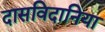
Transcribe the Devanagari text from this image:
दासविदानिया